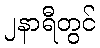
၂နာရီတွင်